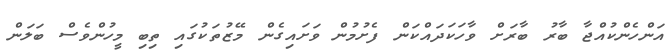
އަންހެންކުއްޖާ ބާރު ބާރަށް ވާހަކަދައްކަން ފެށުމުން ވަށައިގެން މޭޒުތަކުގައި ތިބި މީހުންވެސް ބަލަން